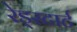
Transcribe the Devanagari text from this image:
रेड्स्टार्ट